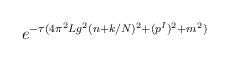
LaTeX: \begin{align*}e^{-\tau (4\pi^2Lg^2(n+k/N)^2+(p^I)^2+m^2)}\end{align*}